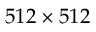
5 1 2 \times 5 1 2